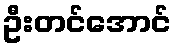
ဦးတင်အောင်